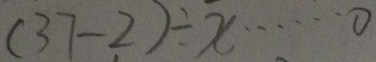
( 3 7 - 2 ) \div x \cdots 0